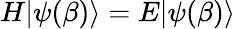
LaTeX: H|\psi(\beta)\rangle=E|\psi(\beta)\rangle